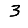
Digit: 3